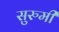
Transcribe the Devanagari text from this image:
सुरुमी